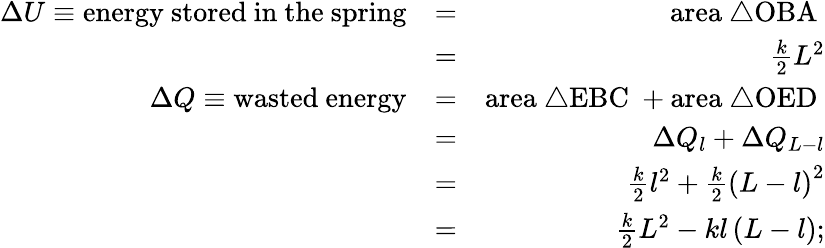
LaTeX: \begin{array}{rlr}{\Delta U\equiv\mathrm{energy~stored~in~the~spring}}&{=}&{\mathrm{area~\triangle{OBA}~}}\\ &{=}&{\frac{k}{2}L^{2}}\\ {\Delta Q\equiv\mathrm{wasted~energy}}&{=}&{\mathrm{area~\triangle{EBC}~}+\mathrm{area~\triangle{OED}~}}\\ &{=}&{\Delta Q_{l}+\Delta Q_{L-l}}\\ &{=}&{\frac{k}{2}l^{2}+\frac{k}{2}\left(L-l\right)^{2}}\\ &{=}&{\frac{k}{2}L^{2}-kl\left(L-l\right);}\end{array}